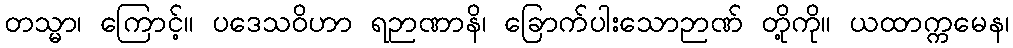
တသ္မာ၊ ကြောင့်။ ပဒေသဝိဟာ ရဉာဏာနိ၊ ခြောက်ပါးသောဉာဏ် တို့ကို။ ယထာက္ကမေန၊